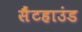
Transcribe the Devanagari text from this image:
सैंटहाउंड